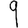
Digit: 9